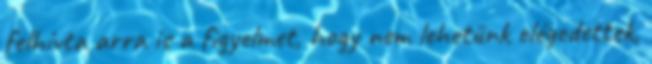
felhívta arra is a figyelmet, hogy nem lehetünk elégedettek,